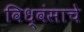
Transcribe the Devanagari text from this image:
विध्वंसाचे